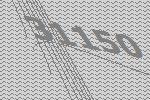
31150